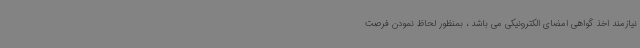
نیازمند اخذ گواهی امضای الکترونیکی می باشد ، بمنظور لحاظ نمودن فرصت